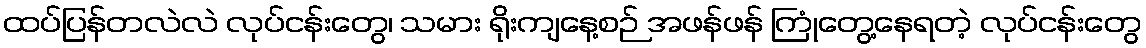
ထပ်ပြန်တလဲလဲ လုပ်ငန်းတွေ၊ သမား ရိုးကျနေ့စဉ် အဖန်ဖန် ကြုံတွေ့နေရတဲ့ လုပ်ငန်းတွေ